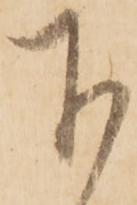
下